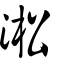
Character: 淞